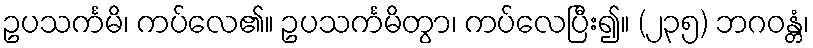
ဥပသင်္ကမိ၊ ကပ်လေ၏။ ဥပသင်္ကမိတွာ၊ ကပ်လေပြီး၍။ (၂၃၅) ဘဂဝန္တံ၊